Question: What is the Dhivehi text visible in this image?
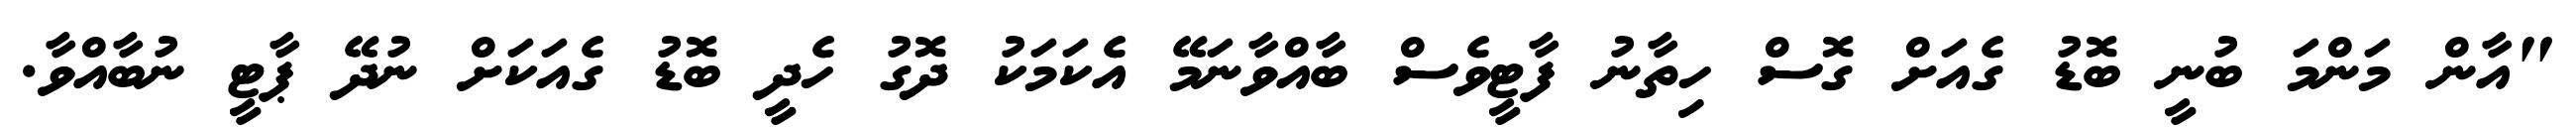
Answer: "އާން މަންމަ ބުނީ ބޮޑު ގެއަށް ގޮސް ހިތާނު ފާޓީވެސް ބާއްވާނަމޭ އެކަމަކު ދޮގު ހެދީ ބޮޑު ގެއަކަށް ނުދޭ ޕާޓީ ނުބާއްވާ.